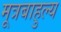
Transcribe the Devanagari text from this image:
मूत्रबाहुल्य